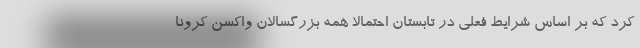
کرد که بر اساس شرایط فعلی در تابستان احتمالا همه بزرگسالان واکسن کرونا